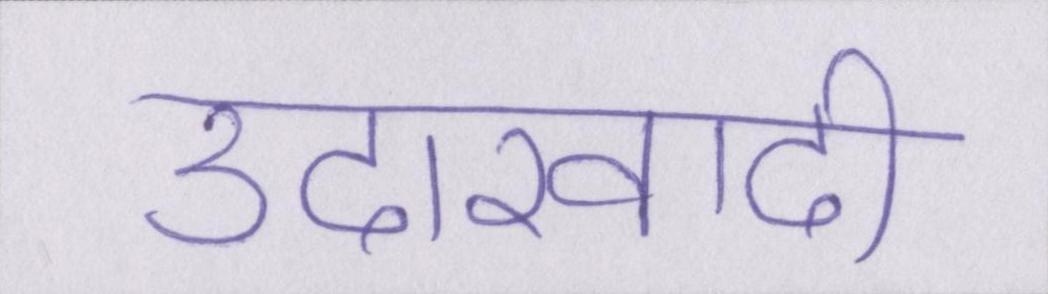
उदारवादी